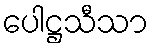
ပေါဋ္ဌသီသာ